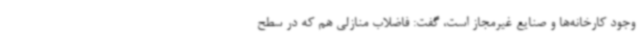
وجود کارخانه‌ها و صنایع غیرمجاز است، گفت: فاضلاب منازلی هم که در سطح